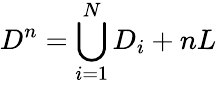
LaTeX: D^{n}=\bigcup_{i=1}^{N}D_{i}+nL